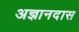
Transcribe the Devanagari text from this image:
अज्ञानदास